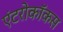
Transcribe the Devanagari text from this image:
एंटरोकॉकस